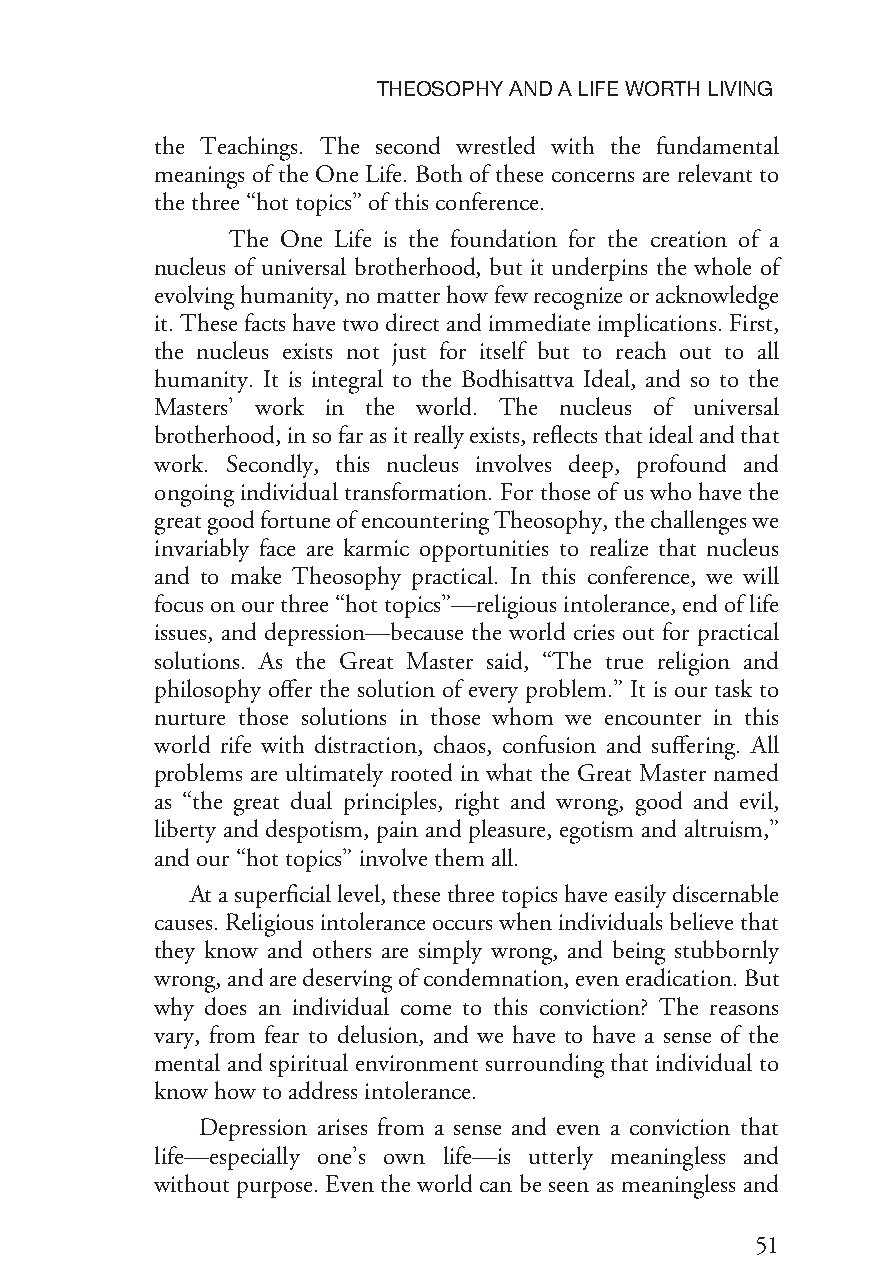
THEOSOPHYANDALIFEWORTHLIVING
 the Teachings. The second wrestled with the fundamental
 meanings of the One Life. Both of these concerns are relevant to
 thethree “hottopics”ofthisconference.
 The One Life is the foundation for the creation of a
 nucleus of universal brotherhood, but it underpins the whole of
 evolvinghumanity,nomatterhowfewrecognizeoracknowledge
 it.Thesefactshavetwodirectandimmediateimplications.First,
 the nucleus exists not just for itself but to reach out to all
 humanity. It is integral to the Bodhisattva Ideal, and so to the
 Masters’ work in the world. The nucleus of universal
 brotherhood,insofarasitreallyexists,reflectsthatidealandthat
 work. Secondly, this nucleus involves deep, profound and
 ongoing individual transformation. For those of us who have the
 greatgoodfortuneofencounteringTheosophy,thechallengeswe
 invariably face are karmic opportunities to realize that nucleus
 and to make Theosophy practical. In this conference, we will
 focusonourthree“hottopics”—religiousintolerance,endoflife
 issues, and depression—because the world cries out for practical
 solutions. As the Great Master said, “The true religion and
 philosophy offer the solution of every problem.” It is our task to
 nurture those solutions in those whom we encounter in this
 world rife with distraction, chaos, confusion and suffering. All
 problems are ultimately rooted in what the Great Master named
 as “the great dual principles, right and wrong, good and evil,
 liberty and despotism, pain and pleasure, egotism and altruism,”
 andour“hottopics”involvethem all.
 Atasuperficiallevel,thesethreetopicshaveeasilydiscernable
 causes.Religiousintoleranceoccurswhenindividualsbelievethat
 they know and others are simply wrong, and being stubbornly
 wrong,andaredeservingofcondemnation,eveneradication.But
 why does an individual come to this conviction? The reasons
 vary, from fear to delusion, and we have to have a sense of the
 mental and spiritual environment surrounding that individual to
 knowhowtoaddressintolerance.
 Depression arises from a sense and even a conviction that
 life—especially one’s own life—is utterly meaningless and
 without purpose. Even the world can be seen as meaningless and
 51